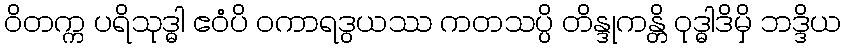
ဝိတက္က ပရိသုဒ္ဓါ ဧဝံပိ ဝကာရဒွယဿ ကတသပ္ပိ တိန္ဒုကန္တိ ဝုဒ္ဓါဒိမှိ ဘဒ္ဒိယ